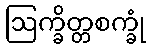
ဩက္ခိတ္တစက္ခုံ